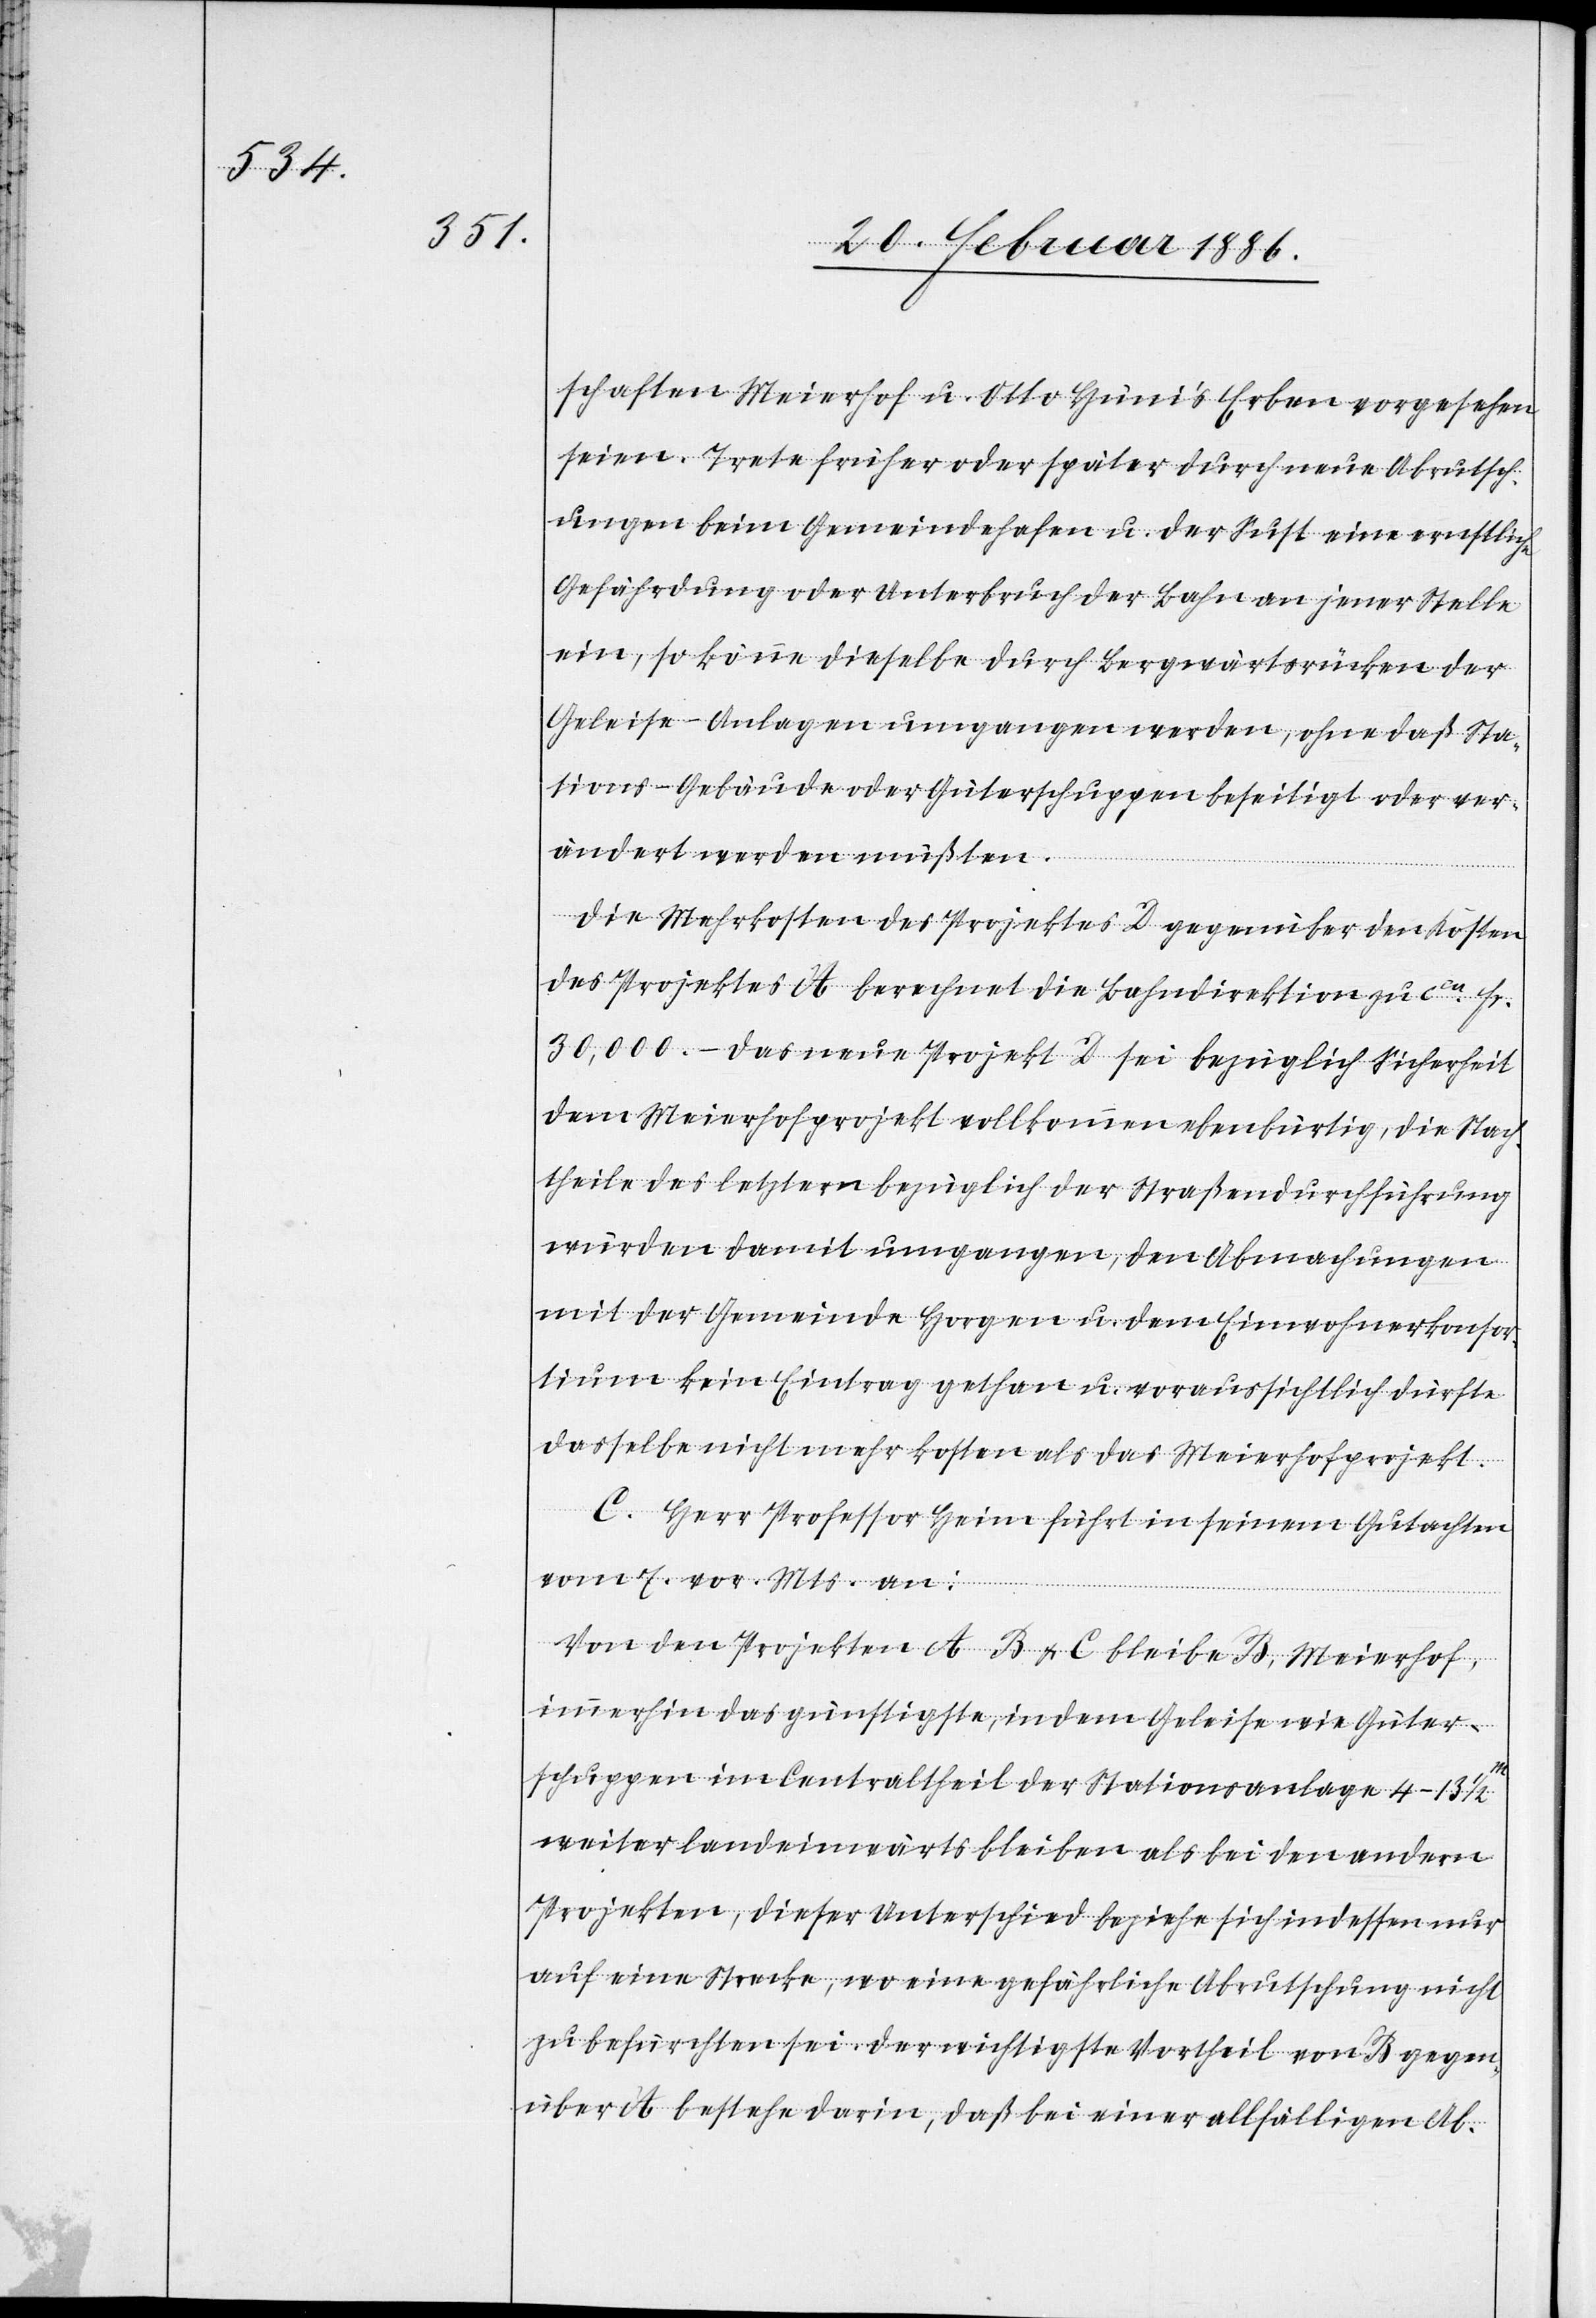
schaften Meierhof u. Otto Hüni’s Erben vorgesehen
seien. Trete früher oder später durch neue Abrutsch¬
ungen beim Gemeindehafen u. der Sust eine ernstliche
Gefährdung oder Unterbruch der Bahn an jener Stelle
ein, so könne dieselbe durch Bergwärtsrücken der
Geleise-Anlage umgangen werden, ohne daß Sta¬
tions-Gebäude oder Güterschuppen beseitigt oder ver¬
ändert werden müßten.
Die Mehrkosten des Projektes D gegenüber den Kosten
des Projektes A berechnet die Bahndirektion zu cca Fr.
30,000.– das neue Projekt D sei bezüglich Sicherheit
dem Meierhofprojekt vollkommen ebenbürtig, die Nach¬
theile des letztern bezüglich der Straßendurchführung
würden damit umgangen, den Abmachungen
mit der Gemeinde Horgen u. dem Einwohnerkonsor¬
tium kein Eintrag gethan u. voraussichtlich dürfte
dasselbe nicht mehr kosten als das Meierhofprojekt.
C. Herr Professor Heim führt in seinem Gutachten
vom 7. vor. Mts. an:
Von den Projekten A, B & C bleibe B, Meierhof,
immerhin das günstigste, indem Geleise wie Güter¬
schuppen im Centraltheil der Stationsanlage 4–13
weiter landeinwärts bleiben als bei den andern
Projekten, dieser Unterschied beziehe sich indessen nur
auf eine Strecke, wo eine gefährliche Abrutschung nicht
zu befürchten sei. Der wichtigste Vortheil von B gegen¬
über A bestehe darin, daß bei einer allfälligen Ab-